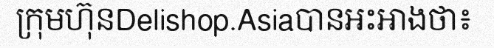
ក្រុមហ៊ុនDelishop.Asiaបានអះអាងថា៖